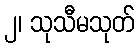
၂၊ သုသီမသုတ်